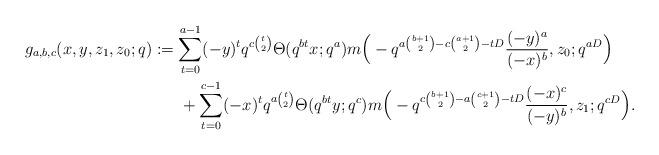
LaTeX: \begin{align*} g_{a,b,c}(x,y,z_1,z_0;q)&:=\sum_{t=0}^{a-1}(-y)^tq^{c\binom{t}{2}}\Theta(q^{bt}x;q^a)m\Big (-q^{a\binom{b+1}{2}-c\binom{a+1}{2}-tD}\frac{(-y)^a}{(-x)^b},z_0;q^{aD}\Big ) \\&\ \ \ \ \ +\sum_{t=0}^{c-1}(-x)^tq^{a\binom{t}{2}}\Theta(q^{bt}y;q^c)m\Big (-q^{c\binom{b+1}{2}-a\binom{c+1}{2}-tD}\frac{(-x)^c}{(-y)^b},z_1;q^{cD}\Big ).\end{align*}